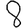
Digit: 8